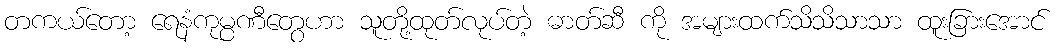
တကယ်တော့ ရေနံကုမ္ပဏီတွေဟာ သူတို့ထုတ်လုပ်တဲ့ ဓာတ်ဆီ ကို အများထက်သိသိသာသာ ထူးခြားအောင်